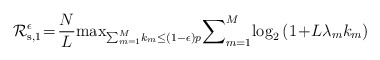
\begin{align*}\mathcal{R}_{{\rm{s}},1}^{\epsilon}\!=\!\frac{N}{L}\!\max\nolimits_{\sum_{m=1}^{M}\!k_m\leq(1-\epsilon)p}\!\sum\nolimits_{m=1}^{M}\!\log_2\left(1\!+\!L\lambda_mk_m\right) \end{align*}